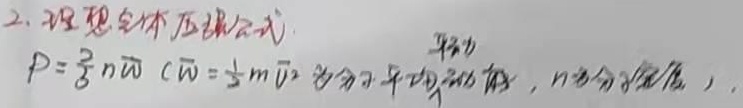
2. 理想气体压强公式\(p = \frac{2}{3}n\overline{w}\)（其中\(\overline{w}=\frac{1}{2}m\overline{v^{2}}\)为分子平均动能，\(n\)为分子数密度）。